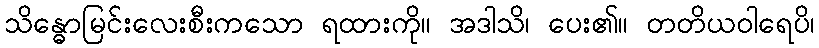
သိန္ဓောမြင်းလေးစီးကသော ရထားကို။ အဒါသိ၊ ပေး၏။ တတိယဝါရေပိ၊